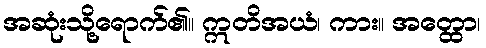
အဆုံးသို့ရောက်၏။ ဣတိအယံ၊ ကား။ အတ္ထော၊